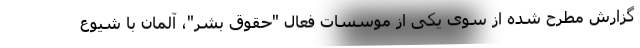
گزارش مطرح شده از سوی یکی از موسسات فعال "حقوق بشر"، آلمان با شیوع